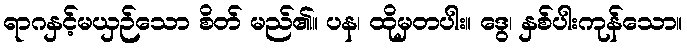
ရာဂနှင့်မယှဉ်သော စိတ် မည်၏။ ပန၊ ထိုမှတပါး။ ဒွေ၊ နှစ်ပါးကုန်သော။